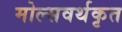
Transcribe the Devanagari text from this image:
मोल्सवर्थकृत